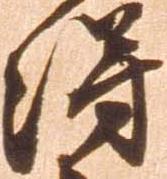
得